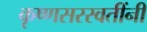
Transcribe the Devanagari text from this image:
कृष्णसरस्वतींनी